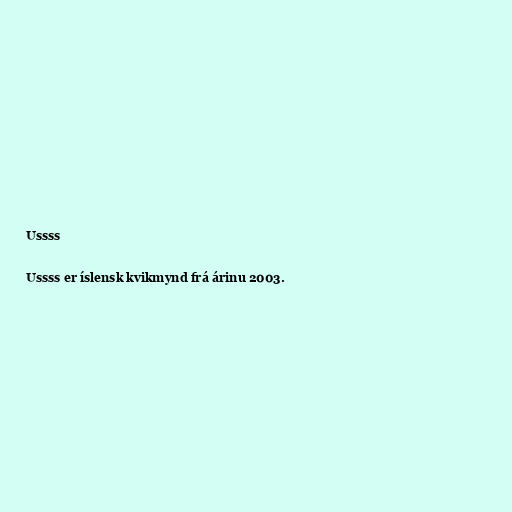
Ussss

Ussss er íslensk kvikmynd frá árinu 2003.